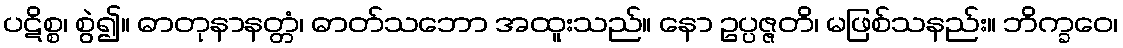
ပဋိစ္စ၊ စွဲ၍။ ဓာတုနာနတ္တံ၊ ဓာတ်သဘော အထူးသည်။ နော ဥပ္ပဇ္ဇတိ၊ မဖြစ်သနည်း။ ဘိက္ခဝေ၊